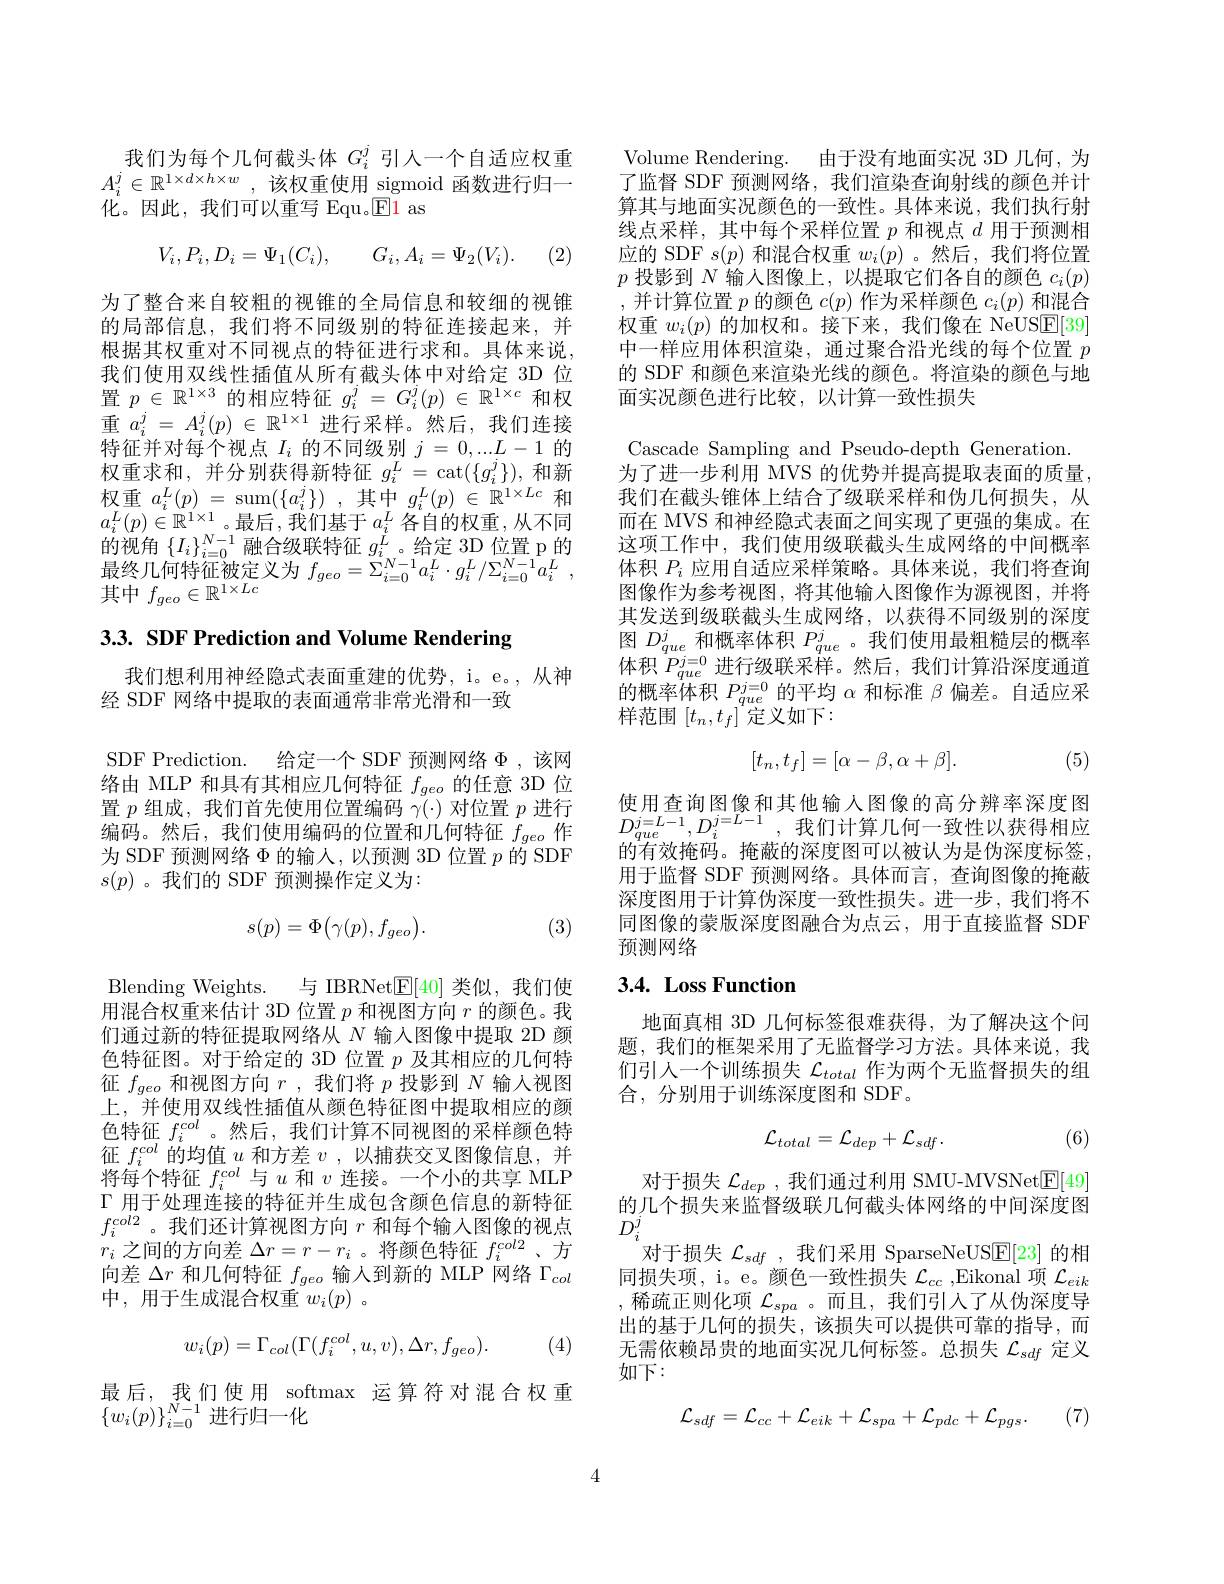
我们为每个几何截头体$G_i^j$引入一个自适应权重$A_i^j\in\mathbb{R}^{1\times d\times h\times w}$,该权重使用 sigmoid 函数进行归一化。因此，我们可以重写 Equ。$\underline{\mathrm{E}}1$ as
$$V_i,P_i,D_i=\Psi_1(C_i),\quad G_i,A_i=\Psi_2(V_i).$$
(2)

为了整合来自较粗的视锥的全局信息和较细的视锥的局部信息，我们将不同级别的特征连接起来，并根据其权重对不同视点的特征进行求和。具体来说， 我们使用双线性插值从所有截头体中对给定 3D 位置$p\in\mathbb{R}^{1\times3}$的相应特征$g_i^j=G_i^j(p)\in\mathbb{R}^{1\times c}$和权重$a_i^j=A_i^j(p)\in\mathbb{R}^{1\times1}$进行采样。然后，我们连接特征并对每个视点$I_i$的不同级别$j=0,...L-1$的权重求和，并分别获得新特征$g_i^L=\operatorname{cat}(\{g_i^j\})$,和新$\begin{array}{l}\text{权重}a_i^L(p)=\mathrm{~sum}(\{a_i^j\})\:,\text{其中}g_i^L(p)\in\mathbb{R}^{1\times Lc}\\a_i^L(p)\in\mathbb{R}^{1\times1}\text{。最后，我们基于}a_i^L\text{ 各自的权重，从不同}\end{array}$ 的视角$\left\{I_i\right\}_{i=0}^{N-1}$融合级联特征$g_i^L$。给定 3D位置 p 的$\begin{array}{l}\text{最终几何特征被定义为 }f_{geo}=\Sigma_{i=0}^{N-1}a_{i}^{L}\cdot g_{i}^{L}/\Sigma_{i=0}^{N-1}a_{i}^{L}\\\text{其中 }f_{geo}\in\mathbb{R}^{1\times Lc}\end{array}$

3.3. SDF Prediction and Volume Rendering

我们想利用神经隐式表面重建的优势，i。e。,从神
经 SDF 网络中提取的表面通常非常光滑和一致
SDF Prediction. 给定一个 SDF 预测网络$\Phi$,该网络由 MLP 和具有其相应几何特征$f_{geo}$的任意 3D 位置$p$组成，我们首先使用位置编码$\gamma(\cdot)$对位置$p$进行编码。然后，我们使用编码的位置和几何特征$f_{geo}$作为 SDF 预测网络$\Phi$的输入，以预测 3D 位置$p$的 SDF $s(p)$。我们的 SDF 预测操作定义为：
$$s(p)=\Phi\bigl(\gamma(p),f_{geo}\bigr).$$
(3)

Blending Weights. 与 IBRNet$\mathbb{E}[40]$类似，我们使用混合权重来估计 3D 位置$p$和视图方向$r$的颜色。我们通过新的特征提取网络从$N$输入图像中提取 2D 颜色特征图。对于给定的 3D 位置$p$及其相应的几何特征$f_{geo}$和视图方向$r$ ,我们将$p$投影到$N$输人视图上，并使用双线性插值从颜色特征图中提取相应的颜色特征$f_i^{col}$ 。然后，我们计算不同视图的采样颜色特征$f_i^{col}$的均值$u$和方差$v$ ,以捕获交叉图像信息，并将每个特征$f_i^{col}$与$u$和$v$连接。一个小的共享 MLP Г 用于处理连接的特征并生成包含颜色信息的新特征$f_i^{col2}$。我们还计算视图方向$r$和每个输入图像的视点$r_i$之间的方向差$\Delta r=r-r_i$ 。将颜色特征$f_i^{col2}$、方向差$\Delta r$和几何特征$f_geo$输人到新的 MLP 网络$\Gamma_col$ 中，用于生成混合权重$w_i(p)$。
$$w_i(p)=\Gamma_{col}(\Gamma(f_i^{col},u,v),\Delta r,f_{geo}).$$
(4)

最后，我们使用 softmax 运算符对混合权重
$\{w_i(p)\}_{i=0}^{N-1}$进行归一化

Volume Rendering. 由于没有地面实况 3D 几何，为了监督 SDF 预测网络，我们渲染查询射线的颜色并计算其与地面实况颜色的一致性。具体来说，我们执行射线点采样，其中每个采样位置$p$和视点$d$用于预测相应的 SDF $s(p)$和混合权重$w_i(p)$ 。然后，我们将位置$p$投影到$N$输入图像上，以提取它们各自的颜色$c_i(p)$ ,并计算位置$p$的颜色$c(p)$作为采样颜色$c_i(p)$和混合权重$w_i(p)$的加权和。接下来，我们像在 NeUSE[39] 中一样应用体积渲染，通过聚合沿光线的每个位置$p$ 的 SDF 和颜色来渲染光线的颜色。将渲染的颜色与地面实况颜色进行比较，以计算一致性损失

Cascade Sampling and Pseudo-depth Generation. 为了进一步利用 MVS 的优势并提高提取表面的质量， 我们在截头锥体上结合了级联采样和伪几何损失，从而在 MVS 和神经隐式表面之间实现了更强的集成。在这项工作中，我们使用级联截头生成网络的中间概率体积$P_i$应用自适应采样策略。具体来说，我们将查询图像作为参考视图，将其他输入图像作为源视图，并将其发送到级联截头生成网络，以获得不同级别的深度图$D_{que}^j$和概率体积$P_que$ 。我们使用最粗糙层的概率体积$P_{que}^{j=0}$进行级联采样。然后，我们计算沿深度通道的概率体积$P_{que}^{j=0}$的平均$\alpha$和标准$\beta$偏差。自适应采样范围 $[t_n,t_f]^{\mathrm{~}}$定义如下：
$$[t_n,t_f]=[\alpha-\beta,\alpha+\beta].$$
(5)

使用查询图像和其他输入图像的高分辨率深度图$D_{que}^{j=L-1},D_i^{j=L-1}$,我们计算几何一致性以获得相应的有效掩码。掩蔽的深度图可以被认为是伪深度标签， 用于监督 SDF 预测网络。具体而言，查询图像的掩蔽深度图用于计算伪深度一致性损失。进一步，我们将不同图像的蒙版深度图融合为点云，用于直接监督 SDF 预测网络

## $3. 4. \textbf{Loss Function}$

地面真相 3D 几何标签很难获得，为了解决这个问题，我们的框架采用了无监督学习方法。具体来说，我们引人一个训练损失$\mathcal{L}_total$作为两个无监督损失的组合，分别用于训练深度图和 SDF。

(6)
$$\mathcal{L}_{total}=\mathcal{L}_{dep}+\mathcal{L}_{sdf}.$$
对于损失$\mathcal{L}_dep$ ,我们通过利用 SMU-MVSNet$\mathbb{E}[49]$ 的几个损失来监督级联几何截头体网络的中间深度图$D_{i}^{j}$
对于损失$\mathcal{L}_sdf$ ,我们采用 SparseNeUS$\underline{\mathrm{E}}[23]$的相同损失项，i。e。颜色一致性损失$\mathcal{L}_cc$,Eikonal 项$\mathcal{L}_eik$ ,稀疏正则化项 $\mathcal{L}_spa$ 。而且，我们引人了从伪深度导出的基于几何的损失，该损失可以提供可靠的指导，而无需依赖昂贵的地面实况几何标签。总损失$\mathcal{L}_{sdf}$定义如下：
$$\mathcal{L}_{sdf}=\mathcal{L}_{cc}+\mathcal{L}_{eik}+\mathcal{L}_{spa}+\mathcal{L}_{pdc}+\mathcal{L}_{pgs}.$$
(7)